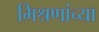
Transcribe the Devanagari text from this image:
मिश्रणांच्या